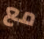
مع